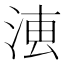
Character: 𣶣